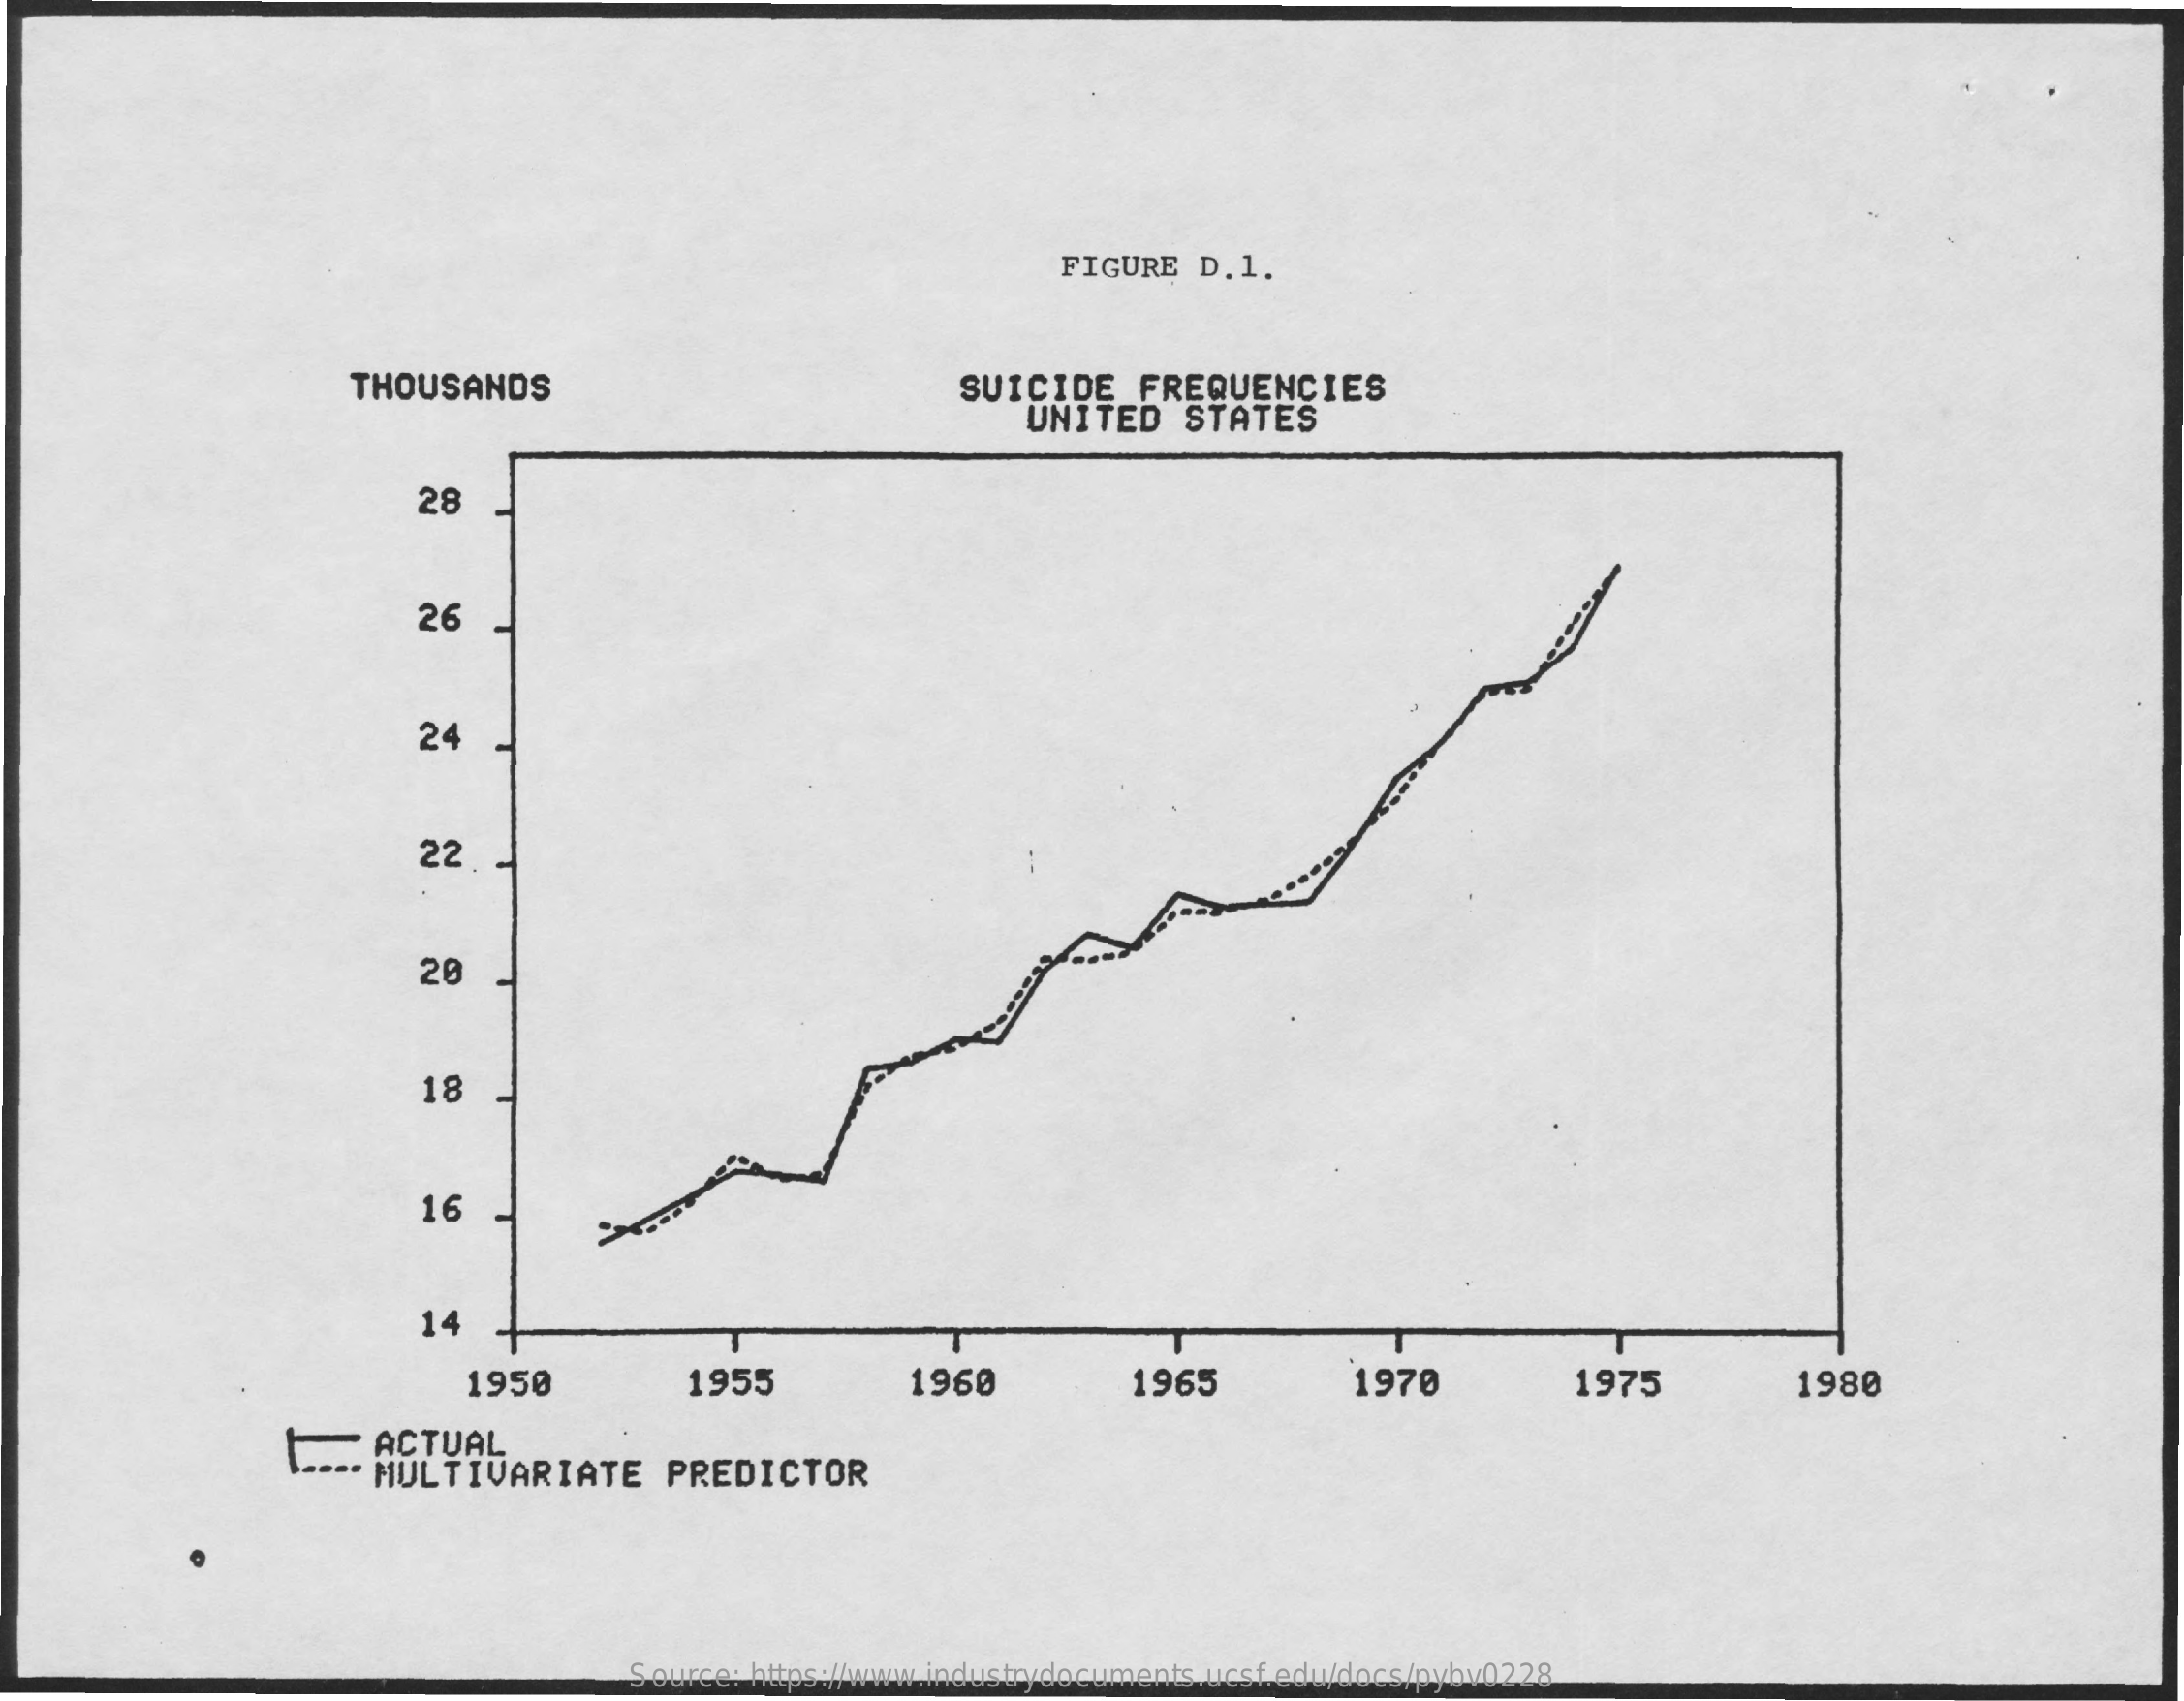
FIGURE   D.1.
     THOUSANDS    SUICIDE    FREQUENCIES
     UNITED    STATES
     28
     26
     24
     22.
     20
     18
     16
     14
     1950    1955    1960    1965    1970    1975    1980
     " ACTUAL
     MULTIVARIATE    PREDICTOR
     Source: https://www.industrydocuments.ucsf.edu/docs/pybv0228